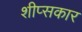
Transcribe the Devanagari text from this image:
शीप्सकार